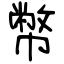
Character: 幣